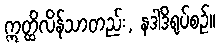
ဣတ္ထိလိန်သာတည်း, နဒါဒိရုပ်စဉ်။